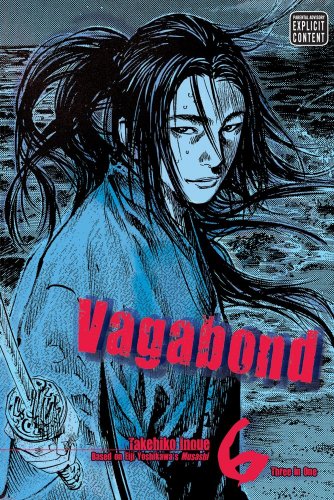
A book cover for Vagabond, Vol. 6 (VIZBIG Edition); Takehiko Inoue; Comics & Graphic Novels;